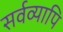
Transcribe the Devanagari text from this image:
सर्वव्यापि